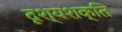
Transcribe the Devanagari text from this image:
दृश्यशक्ति